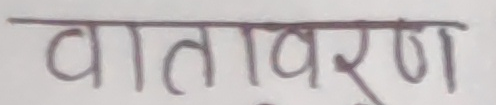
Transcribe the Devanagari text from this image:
वातावरण